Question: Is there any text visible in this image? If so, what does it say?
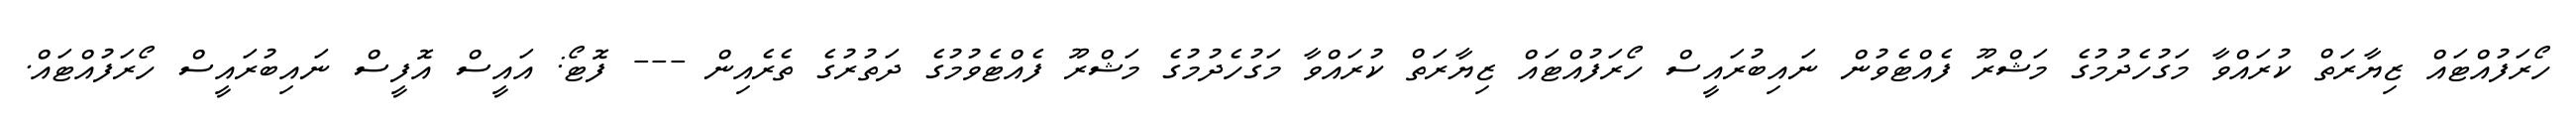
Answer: ހޯރަފުއްޓައް ޒިޔާރަތް ކުރައްވާ މަގުހެދުމުގެ މަޝްރޫ ފެއްޓެވުން ނައިބުރައީސް ހޯރަފުއްޓައް ޒިޔާރަތް ކުރައްވާ މަގުހެދުމުގެ މަޝްރޫ ފެއްޓެވުމުގެ ދަތުރުގެ ތެރެއިން --- ފޮޓޯ: އައީސް އޮފީސް ނައިބުރައީސް ހޯރަފުއްޓައް.